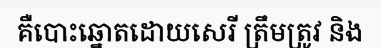
គឺបោះឆ្នោតដោយសេរី ត្រឹមត្រូវ និង